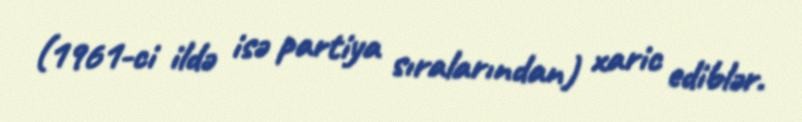
(1961-ci ildə isə partiya sıralarından) xaric ediblər.